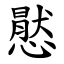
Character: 㦔